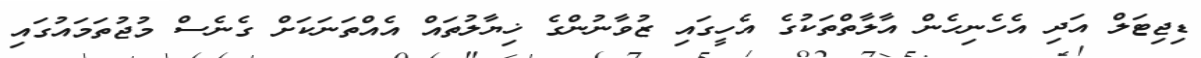
ޑިޖިޓަލް އަދި އެހެނިހެން އާލާތްތަކުގެ އެހީގައި ޒުވާނުންގެ ޚިޔާލުތައް އެއްތަނަކަށް ގެނެސް މުޖުތަމައުގައި